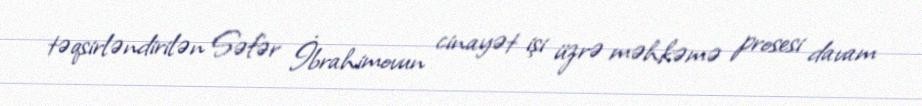
təqsirləndirilən Səfər İbrahimovun cinayət işi üzrə məhkəmə prosesi davam